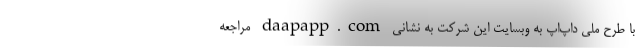
با طرح ملی داپ‌اَپ به وبسایت این شرکت به نشانی daapapp.com مراجعه